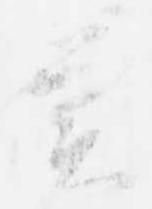
実